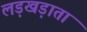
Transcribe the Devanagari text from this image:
लड़खड़ाता